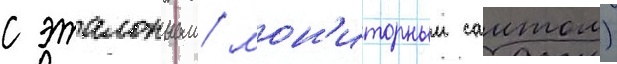
с эталонным/ мон'иторным саитом)